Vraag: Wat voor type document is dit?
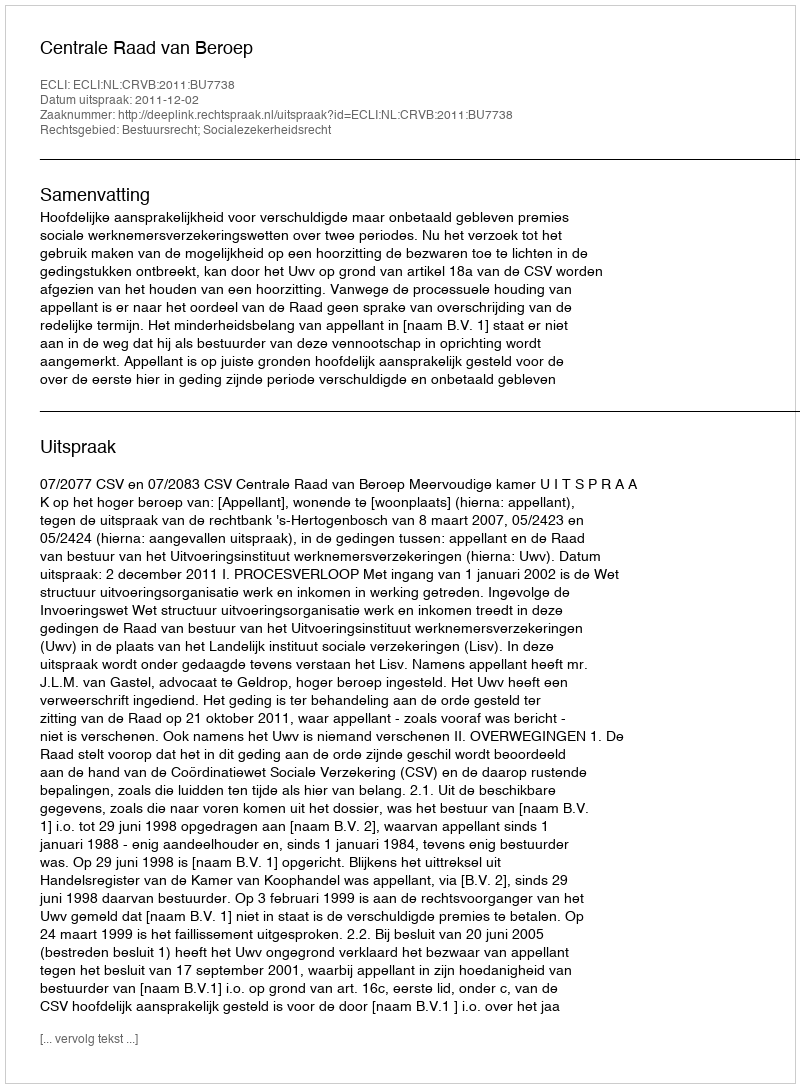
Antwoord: Uitspraak